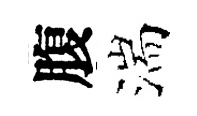
腹湍